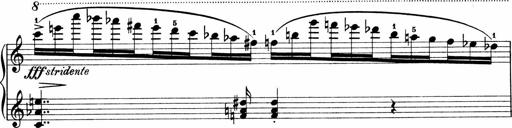
Title: Sonatina No.1
Composer: Otto Stoll
Key: C major